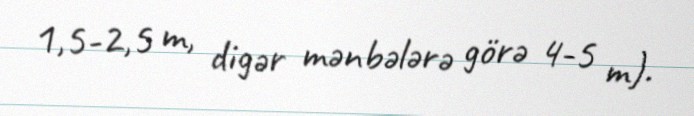
1,5-2,5 m, digər mənbələrə görə 4-5 m).